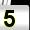
Digit: 5